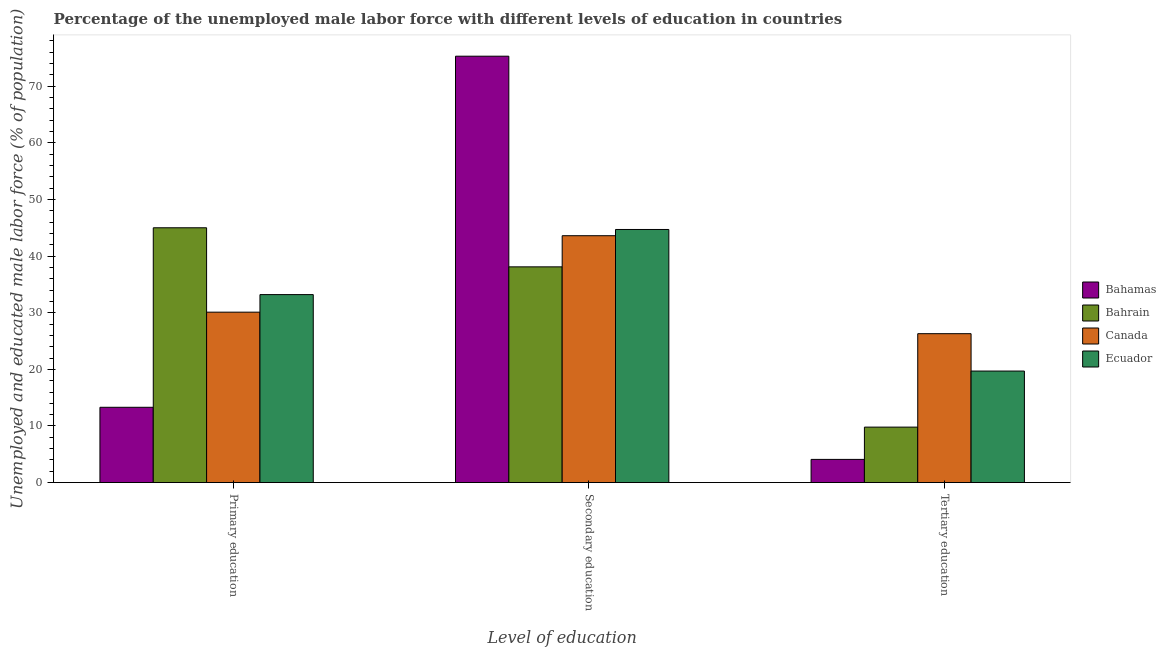
| Level of education | Bahamas | Bahrain | Canada | Ecuador |
 | --- | --- | --- | --- | --- |
 | Primary education | 13.3 | 45 | 30.1 | 33.2 |
 | Secondary education | 75.3 | 38.1 | 43.6 | 44.7 |
 | Tertiary education | 4.1 | 9.8 | 26.3 | 19.7 |